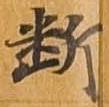
断